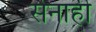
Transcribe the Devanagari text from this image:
सेनाही